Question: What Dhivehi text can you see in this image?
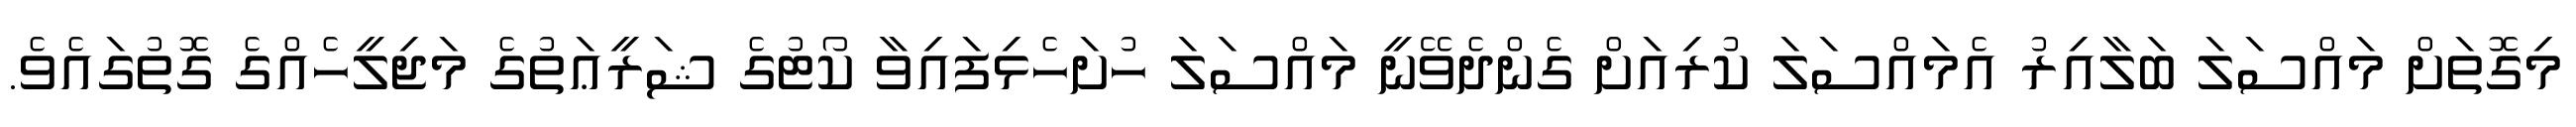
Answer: މިގޮތަށް މައްސަލަ ބަލާއިރު އެމައްސަލަ ކުރިއަށް ގެންދެވޭނީ މައްސަލަ ހުށަހެޅިފައިވާ ކޯޓުގެ ޝަރީޢަތުގެ މަޖިލީހެއްގެ ގޮތުގައެވެ.